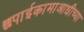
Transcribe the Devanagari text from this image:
छपाईकामाआधीच्या